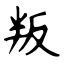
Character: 叛